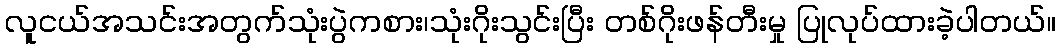
လူငယ်အသင်းအတွက်သုံးပွဲကစား၊သုံးဂိုးသွင်းပြီး တစ်ဂိုးဖန်တီးမှု ပြုလုပ်ထားခဲ့ပါတယ်။